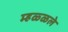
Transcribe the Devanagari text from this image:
म्हळ्ळले